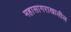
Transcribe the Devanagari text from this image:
महासागराखालील